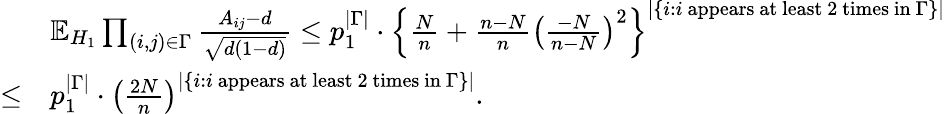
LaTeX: \begin{array}{rl}&{\mathbb{E}_{H_{1}}\prod_{(i,j)\in\Gamma}\frac{A_{ij}-d}{\sqrt{d(1-d)}}\leq p_{1}^{|\Gamma|}\cdot\left\{ \frac{N}{n}+\frac{n-N}{n}\left(\frac{-N}{n-N}\right)^{2}\right\} ^{|\{ i:i\mathrm{~appears~at~least~2~times~in~}\Gamma\} |}}\\ {\leq}&{p_{1}^{|\Gamma|}\cdot\left(\frac{2N}{n}\right)^{|\{ i:i\mathrm{~appears~at~least~2~times~in~}\Gamma\} |}.}\end{array}